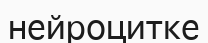
нейроцитке